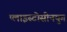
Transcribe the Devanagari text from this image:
प्लाइस्टोसीनयुग